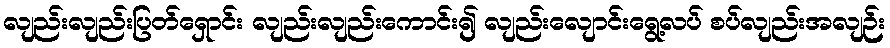
လျည်းလျည်းပြတ်ရှောင်း လျည်းလျည်းကောင်း၍ လျည်းလျောင်းရွေ့လပ် စပ်လျည်းအလျဉ်း